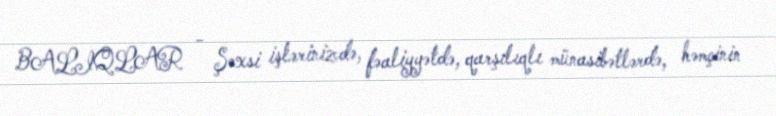
BALIQLAR - Şəxsi işlərinizdə, fəaliyyətdə, qarşılıqlı münasibətlərdə, həmçinin